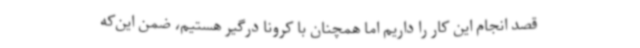
قصد انجام این کار را داریم اما همچنان با کرونا درگیر هستیم، ضمن این‌که